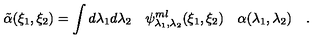
\tilde { \alpha } ( \xi _ { 1 } , \xi _ { 2 } ) = \int d \lambda _ { 1 } d \lambda _ { 2 } \quad \psi _ { \lambda _ { 1 } , \lambda _ { 2 } } ^ { m l } ( \xi _ { 1 } , \xi _ { 2 } ) \quad \alpha ( \lambda _ { 1 } , \lambda _ { 2 } ) \quad .